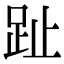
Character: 趾